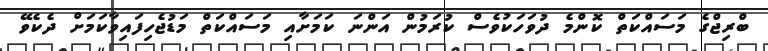
ބްރިޖްގެ މަސައްކަތް ކޮންމެ ދުވަހަކުވެސް ކުރަމުން އަންނަ ކަމަށާއި މަސައްކަތް މަޑުޖެހިފައިވާކަމަށް ދެކެވޭ